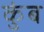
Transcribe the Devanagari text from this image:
कुंब